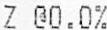
Z @0.0%